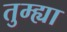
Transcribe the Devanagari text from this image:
तुम्ह्या